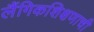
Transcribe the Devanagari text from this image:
लैंगिकशिक्षणाची